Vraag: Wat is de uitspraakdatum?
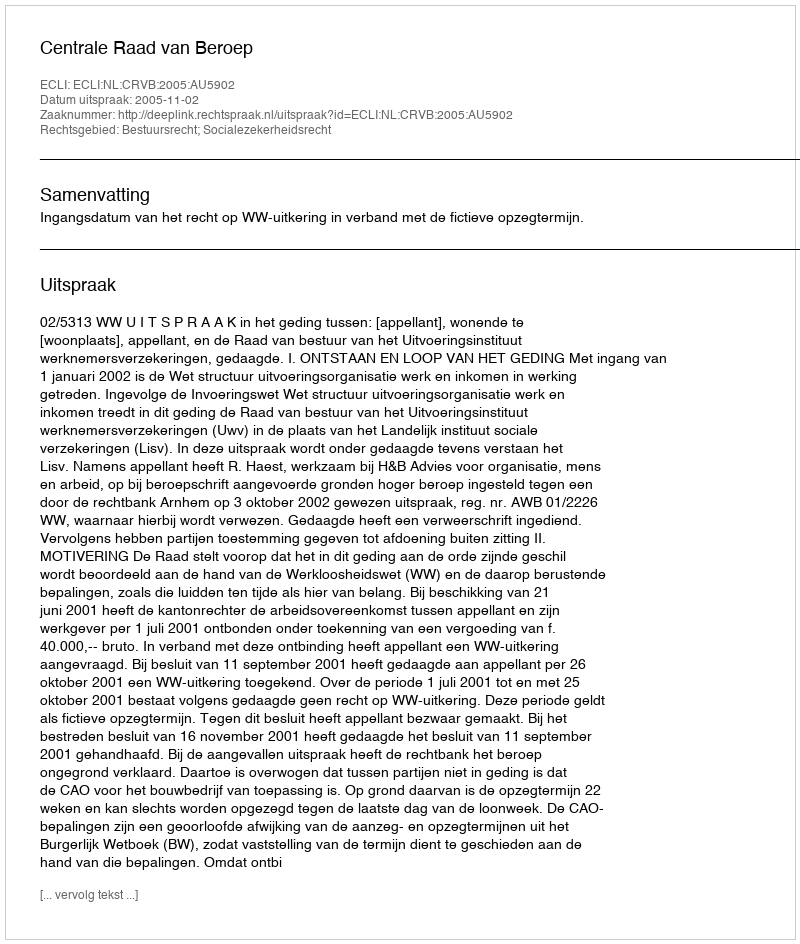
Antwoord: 2005-11-02